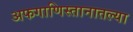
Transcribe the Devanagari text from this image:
अफगाणिस्तानातल्या